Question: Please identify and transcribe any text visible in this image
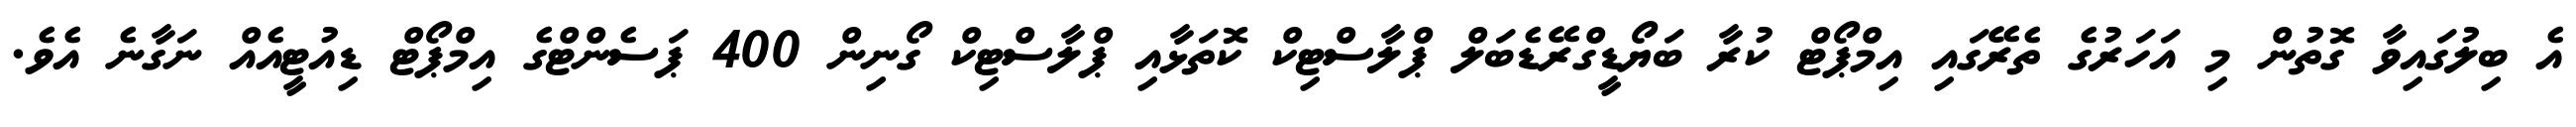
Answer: އެ ބިލުގައިވާ ގޮތުން މި އަހަރުގެ ތެރޭގައި އިމްޕޯޓް ކުރާ ބަޔޯޑީގްރޭޑެބަލް ޕްލާސްޓިކް ކޮތަޅާއި ޕްލާސްޓިކް ގޯނިން 400 ޕަސެންޓްގެ އިމްޕޯޓް ޑިއުޓީއެއް ނަގާނެ އެވެ.